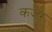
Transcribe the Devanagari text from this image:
कजर